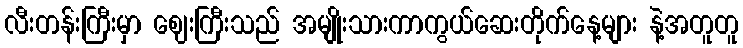
လီးတန်းကြီးမှာ ဈေးကြီးသည် အမျိုးသားကာကွယ်ဆေးတိုက်နေ့များ နဲ့အတူတူ